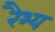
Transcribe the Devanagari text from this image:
रैभ्य